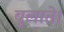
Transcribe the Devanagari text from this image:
बुलाते।